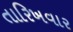
તારિખવાર